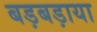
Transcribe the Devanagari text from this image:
बड़बड़ाया